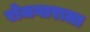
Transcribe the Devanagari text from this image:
रोजगाराला